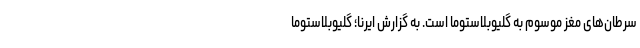
سرطان‌های مغز موسوم به گلیوبلاستوما است. به گزارش ایرنا؛ گلیوبلاستوما